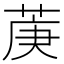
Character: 菮